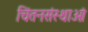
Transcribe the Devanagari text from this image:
चिंतनसंस्थाओं